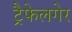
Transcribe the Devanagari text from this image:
ट्रैफेलगेर